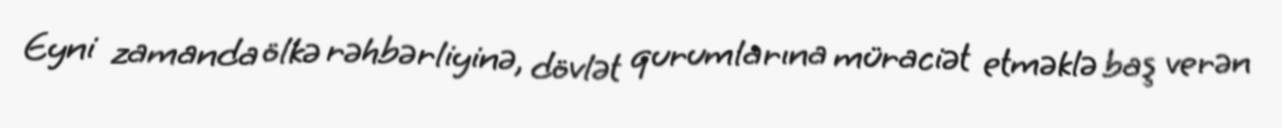
Eyni zamanda ölkə rəhbərliyinə, dövlət qurumlarına müraciət etməklə baş verən